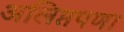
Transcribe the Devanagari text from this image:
अलिप्तपणा